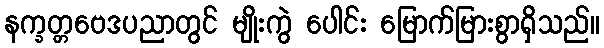
နက္ခတ္တဗေဒပညာတွင် မျိုးကွဲ ပေါင်း မြောက်မြားစွာရှိသည်။